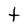
Character: t